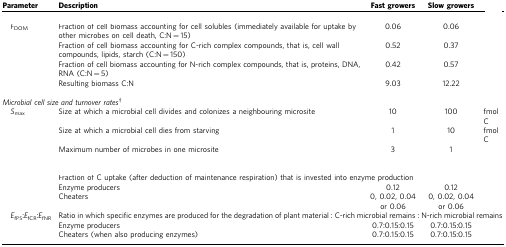
<table><thead><tr><td><b>Parameter</b></td><td><b>Description</b></td><td><b>Fast growers</b></td><td><b>Slow growers</b></td><td>[EMPTY_CELL]</td></tr></thead><tbody><tr><td colspan="5">[EMPTY_CELL]</td></tr><tr><td> <i>F</i><sub>DOM</sub></td><td>Fraction of cell biomass accounting for cell solubles (immediately available for uptake by other microbes on cell death, C:N=15)</td><td>0.06</td><td>0.06</td><td>[EMPTY_CELL]</td></tr><tr><td>[EMPTY_CELL]</td><td>Fraction of cell biomass accounting for C-rich complex compounds, that is, cell wall compounds, lipids, starch (C:N=150)</td><td>0.52</td><td>0.37</td><td>[EMPTY_CELL]</td></tr><tr><td>[EMPTY_CELL]</td><td>Fraction of cell biomass accounting for N-rich complex compounds, that is, proteins, DNA, RNA (C:N=5)</td><td>0.42</td><td>0.57</td><td>[EMPTY_CELL]</td></tr><tr><td>[EMPTY_CELL]</td><td>Resulting biomass C:N</td><td>9.03</td><td>12.22</td><td>[EMPTY_CELL]</td></tr><tr><td>[EMPTY_CELL]</td><td>[EMPTY_CELL]</td><td>[EMPTY_CELL]</td><td>[EMPTY_CELL]</td><td>[EMPTY_CELL]</td></tr><tr><td colspan="5"><i>Microbial cell size and turnover rates</i>†</td></tr><tr><td> <i>S</i><sub>max</sub></td><td>Size at which a microbial cell divides and colonizes a neighbouring microsite</td><td>10</td><td>100</td><td>fmol C</td></tr><tr><td>[EMPTY_CELL]</td><td>Size at which a microbial cell dies from starving</td><td>1</td><td>10</td><td>fmol C</td></tr><tr><td>[EMPTY_CELL]</td><td>Maximum number of microbes in one microsite</td><td>3</td><td>1</td><td>[EMPTY_CELL]</td></tr><tr><td>[EMPTY_CELL]</td><td>[EMPTY_CELL]</td><td>[EMPTY_CELL]</td><td>[EMPTY_CELL]</td><td>[EMPTY_CELL]</td></tr><tr><td colspan="5">[EMPTY_CELL]</td></tr><tr><td>[EMPTY_CELL]</td><td colspan="4">Fraction of C uptake (after deduction of maintenance respiration) that is invested into enzyme production</td></tr><tr><td>[EMPTY_CELL]</td><td>Enzyme producers</td><td>0.12</td><td>0.12</td><td>[EMPTY_CELL]</td></tr><tr><td>[EMPTY_CELL]</td><td>Cheaters</td><td>0, 0.02, 0.04 or 0.06</td><td>0, 0.02, 0.04 or 0.06</td><td>[EMPTY_CELL]</td></tr><tr><td> <i>E</i><sub>fPS</sub>:<i>E</i><sub>fCR</sub>:<i>E</i><sub>fNR</sub></td><td colspan="4">Ratio in which specific enzymes are produced for the degradation of plant material : C-rich microbial remains : N-rich microbial remains</td></tr><tr><td>[EMPTY_CELL]</td><td>Enzyme producers</td><td>0.7:0.15:0.15</td><td>0.7:0.15:0.15</td><td>[EMPTY_CELL]</td></tr><tr><td>[EMPTY_CELL]</td><td>Cheaters (when also producing enzymes)</td><td>0.7:0.15:0.15</td><td>0.7:0.15:0.15</td><td>[EMPTY_CELL]</td></tr></tbody></table>